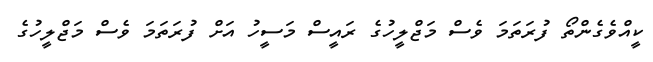
ކީއްވެެގެންތޯ ފުރަތަމަ ވެސް މަޖްލީހުގެ ރައީސް މަސީހު އަށް ފުރަތަމަ ވެސް މަޖްލީހުގެ